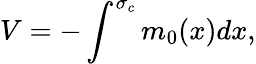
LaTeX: V=-\int^{\sigma_{c}}m_{0}{(x)}dx,